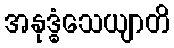
အနုဒ္ဓံသေယျာတိ